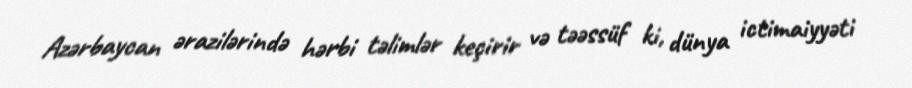
Azərbaycan ərazilərində hərbi təlimlər keçirir və təəssüf ki, dünya ictimaiyyəti